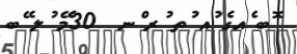
ޮބ ެއގެ ުއ ުތ ުރ ްނ  30މޭ ުލ ޭބ